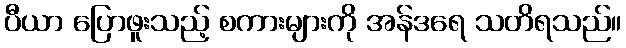
ပီယာ ပြောဖူးသည့် စကားများကို အန်ဒရေ သတိရသည်။